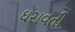
ઘરાવતી